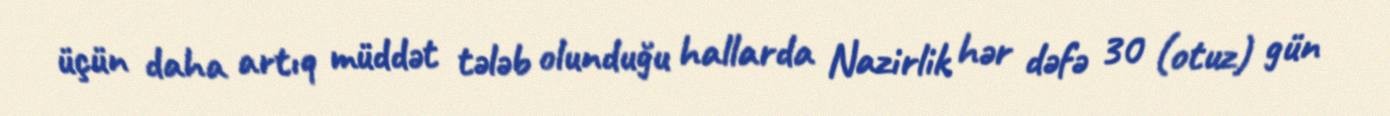
üçün daha artıq müddət tələb olunduğu hallarda Nazirlik hər dəfə 30 (otuz) gün